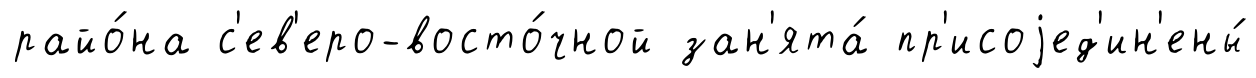
райо́на с'ев'еро-восто́чной зан'ята́ пр'исоjед'ин'ены́